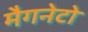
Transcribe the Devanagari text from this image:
मैगनेटो